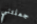
جعلتني